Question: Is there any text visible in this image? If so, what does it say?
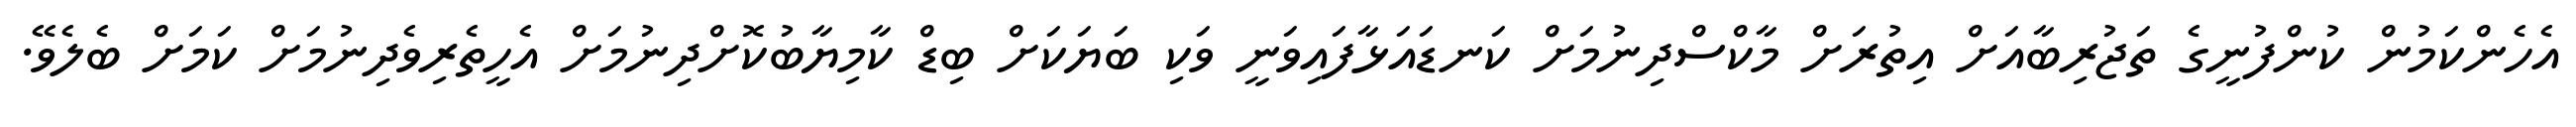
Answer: އެހެންކަމުން ކުންފުނީގެ ތަޖުރިބާއަށް އިތުރަށް މާކްސްދިނުމަށް ކަނޑައަޅާފައިވަނީ ވަކި ބަޔަކަށް ބިޑް ކާމިޔާބުކޮށްދިނުމަށް އެހީތެރިވެދިނުމަށް ކަމަށް ބެލެވޭ.